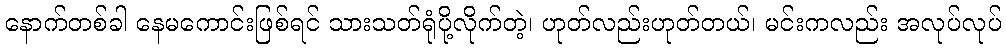
နောက်တစ်ခါ နေမကောင်းဖြစ်ရင် သားသတ်ရုံပို့လိုက်တဲ့၊ ဟုတ်လည်းဟုတ်တယ်၊ မင်းကလည်း အလုပ်လုပ်